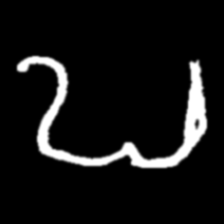
Pyu character \u2014 Myanmar letter: ဎ (romanized: ddha)